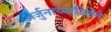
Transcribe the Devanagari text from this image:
अर्जुनाच्यादिशेने